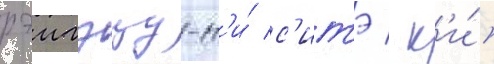
рэигэцу-н'и́ с'итэ / к'и́